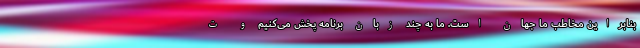
بنابراین مخاطب ما جهان است. ما به چند زبان برنامه پخش می‌کنیم و ت